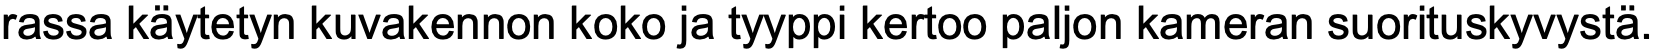
rassa käytetyn kuvakennon koko ja tyyppi kertoo paljon kameran suorituskyvystä.